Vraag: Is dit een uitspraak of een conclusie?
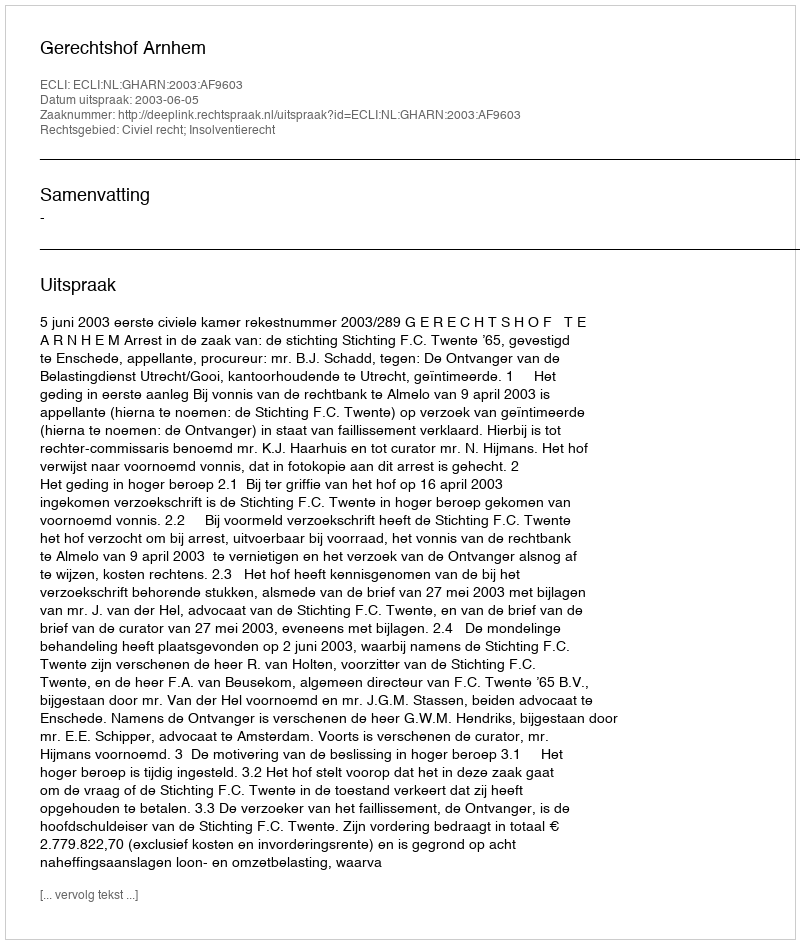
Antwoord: Uitspraak